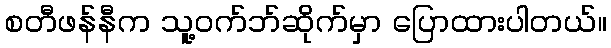
စတီဖန်နီက သူ့ဝက်ဘ်ဆိုက်မှာ ပြောထားပါတယ်။